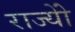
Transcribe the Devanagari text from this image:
राज्योें